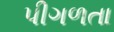
પીગળતા